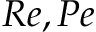
R e , P e